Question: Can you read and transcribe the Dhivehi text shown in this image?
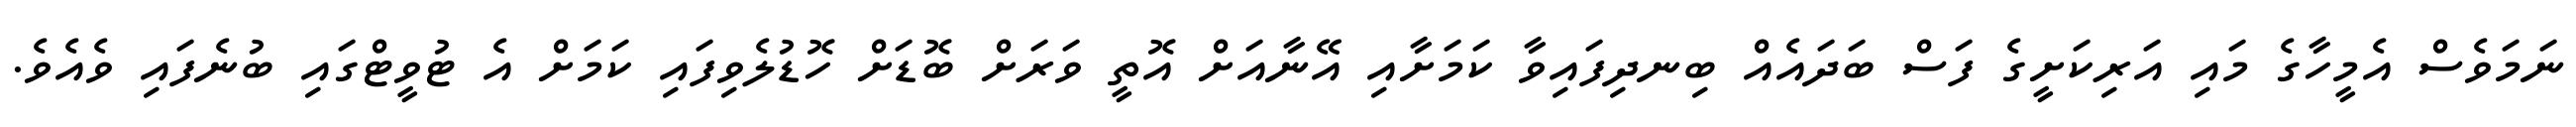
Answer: ނަމަވެސް އެމީހާގެ މައި އަރިކަށީގެ ފަސް ބަދައެއް ބިނދިފައިވާ ކަމަށާއި އޭނާއަށް އޮތީ ވަރަށް ބޮޑަށް ހޮޑުލެވިފައި ކަމަށް އެ ޓުވީޓްގައި ބުނެފައި ވެއެވެ.